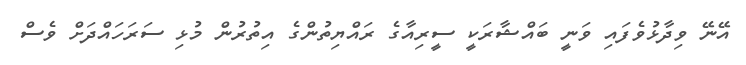
އޭނޭ ވިދާޅުވެފައި ވަނީ ބައްޝާރަކީ ސީރިއާގެ ރައްޔިތުންގެ އިތުރުން މުޅި ސަރަހައްދަށް ވެސް